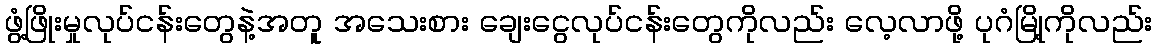
ဖွံ့ဖြိုးမှုလုပ်ငန်းတွေနဲ့အတူ အသေးစား ချေးငွေလုပ်ငန်းတွေကိုလည်း လေ့လာဖို့ ပုဂံမြို့ကိုလည်း